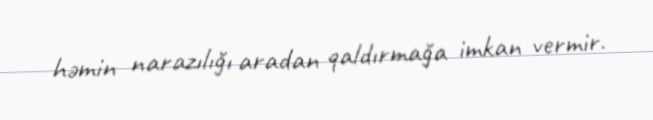
həmin narazılığı aradan qaldırmağa imkan vermir.